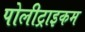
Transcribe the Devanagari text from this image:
पोलीट्राइकम